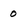
Character: 0